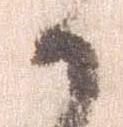
候